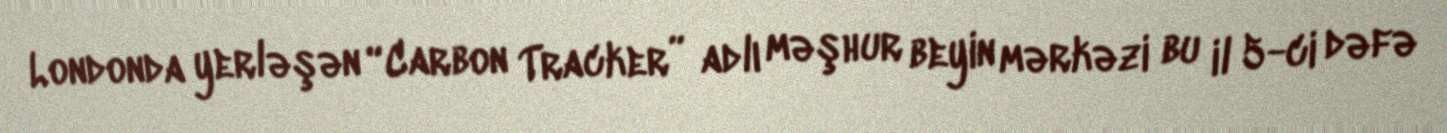
Londonda yerləşən “Carbon Tracker” adlı məşhur beyin mərkəzi bu il 5-ci dəfə